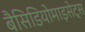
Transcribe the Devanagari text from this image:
बैसिडियोमाइसेट्स